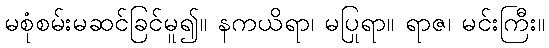
မစုံစမ်းမဆင်ခြင်မူ၍။ နကယိရာ၊ မပြုရာ။ ရာဇ၊ မင်းကြီး။